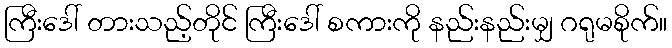
ကြီးဒေါ် တားသည့်တိုင် ကြီးဒေါ် စကားကို နည်းနည်းမျှ ဂရုမစိုက်။